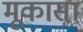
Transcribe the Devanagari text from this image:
मूकासा